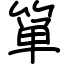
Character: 箪